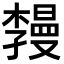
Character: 𪴏